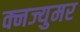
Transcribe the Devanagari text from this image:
क्नज्युमर